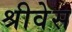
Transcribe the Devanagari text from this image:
श्रीवेस